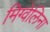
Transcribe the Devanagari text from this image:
मिग्वेलिना